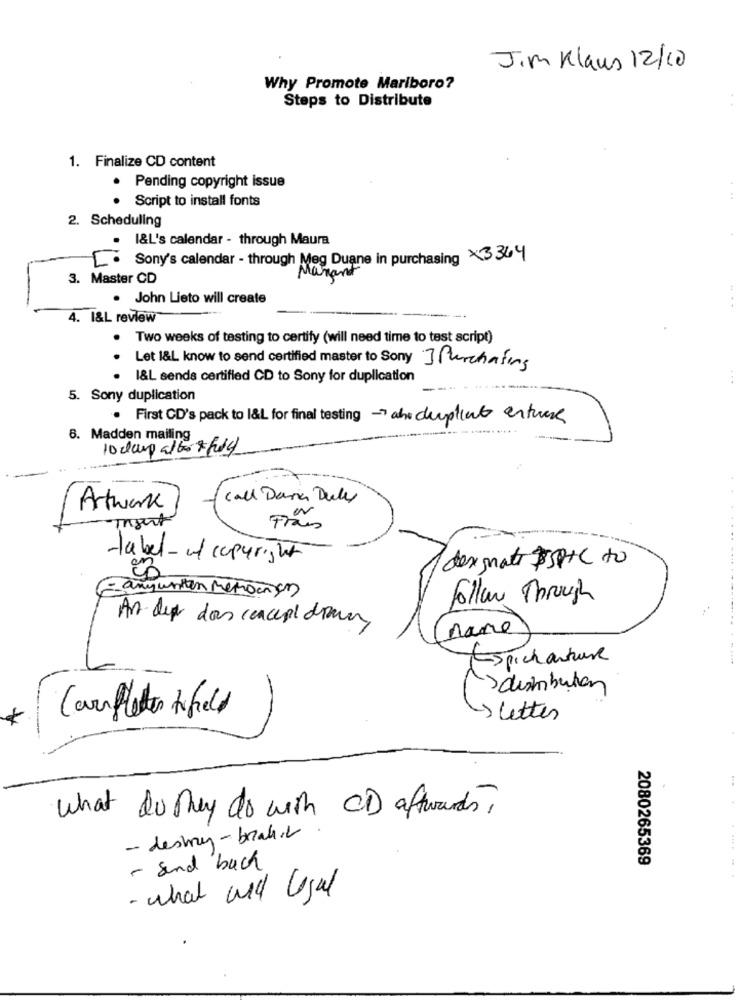
Jim Klaus 12/10
Why Promote Marlboro?
Steps to Distribute
1. Finalize CD content
. Pending copyright issue
Script to install fonts
2. Scheduling
I&L's calendar - through Maura
[ Sony's calendar - through Meg Duane in purchasing ×3364
Marant
3. Master CD
. John Lieto will create
4. I&L review
. Two weeks of testing to certify (will need time to test script)
Let 1&L know to send certified master to Sony ] Purchasing
I&L sends certified CD to Sony for duplication
5. Sony duplication
First CD's pack to 1&L for final testing the dumplings entrese
6. Madden mailing
call Dara Duly
Artwork
Inzert
Trans
-tabel- of copyright
designate $5PHC to
= anywritten Metrocom
Follow Through
An der das canceril draven
name
Espicharture
*
Confletter tifield
> letter
what do they do with CD aftwants?
- destry-breakit.
2080265369
- and bach
......
- what and legal